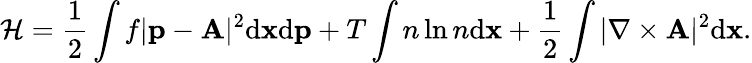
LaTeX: \mathcal{H}=\frac{1}{2}\int f|{\mathbf p}-{\mathbf A}|^{2}\mathrm{d}{\mathbf x}\mathrm{d}{\mathbf p}+T\int n\ln n\mathrm{d}{\mathbf x}+\frac{1}{2}\int|\nabla\times{\mathbf A}|^{2}\mathrm{d}{\mathbf x}.